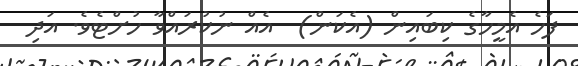
ފަހެ އެމީހާގެ ކިބައިން (އެކަން)  އެއް ނުކުރައްވާ ހުށްޓެވެ. އަދި